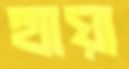
হ্যায়া